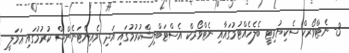
3- ނެޓްވޯރކް ސެކިޔުރިޓީ ބެލެހެއްޓުމުގައާއި ނެޓްވޯރކް އެސްޓަބްލިޝްކުރުމުގައި އަދި މެއިންޓަނެންސް ކުރުމުގައި ޢަމަލީ